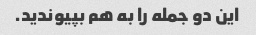
این دو جمله را به هم بپیوندید.